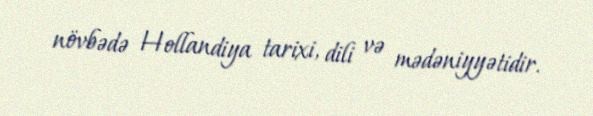
növbədə Hollandiya tarixi, dili və mədəniyyətidir.